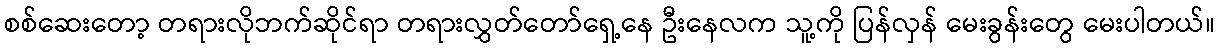
စစ်ဆေးတော့ တရားလိုဘက်ဆိုင်ရာ တရားလွှတ်တော်ရှေ့နေ ဦးနေလက သူ့ကို ပြန်လှန် မေးခွန်းတွေ မေးပါတယ်။